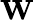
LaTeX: \textbf{W}